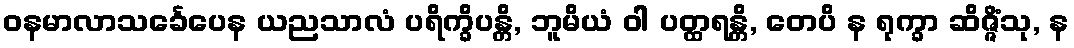
ဝနမာလာသင်္ခေပေန ယညသာလံ ပရိက္ခိပန္တိ, ဘူမိယံ ဝါ ပတ္ထရန္တိ, တေပိ န ရုက္ခာ ဆိဇ္ဇိံသု, န